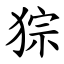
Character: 猔